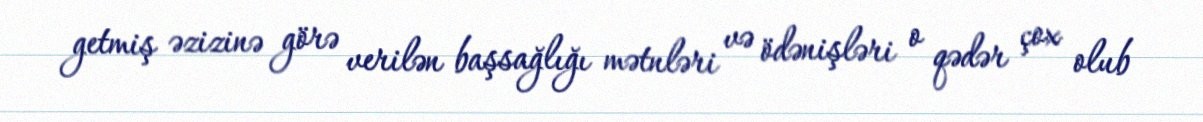
getmiş əzizinə görə verilən başsağlığı mətnləri və ödənişləri o qədər çox olub